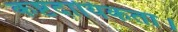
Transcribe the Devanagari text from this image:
कष्टदायिकता।